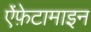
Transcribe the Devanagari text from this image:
ऐंफ़ेटामाइन